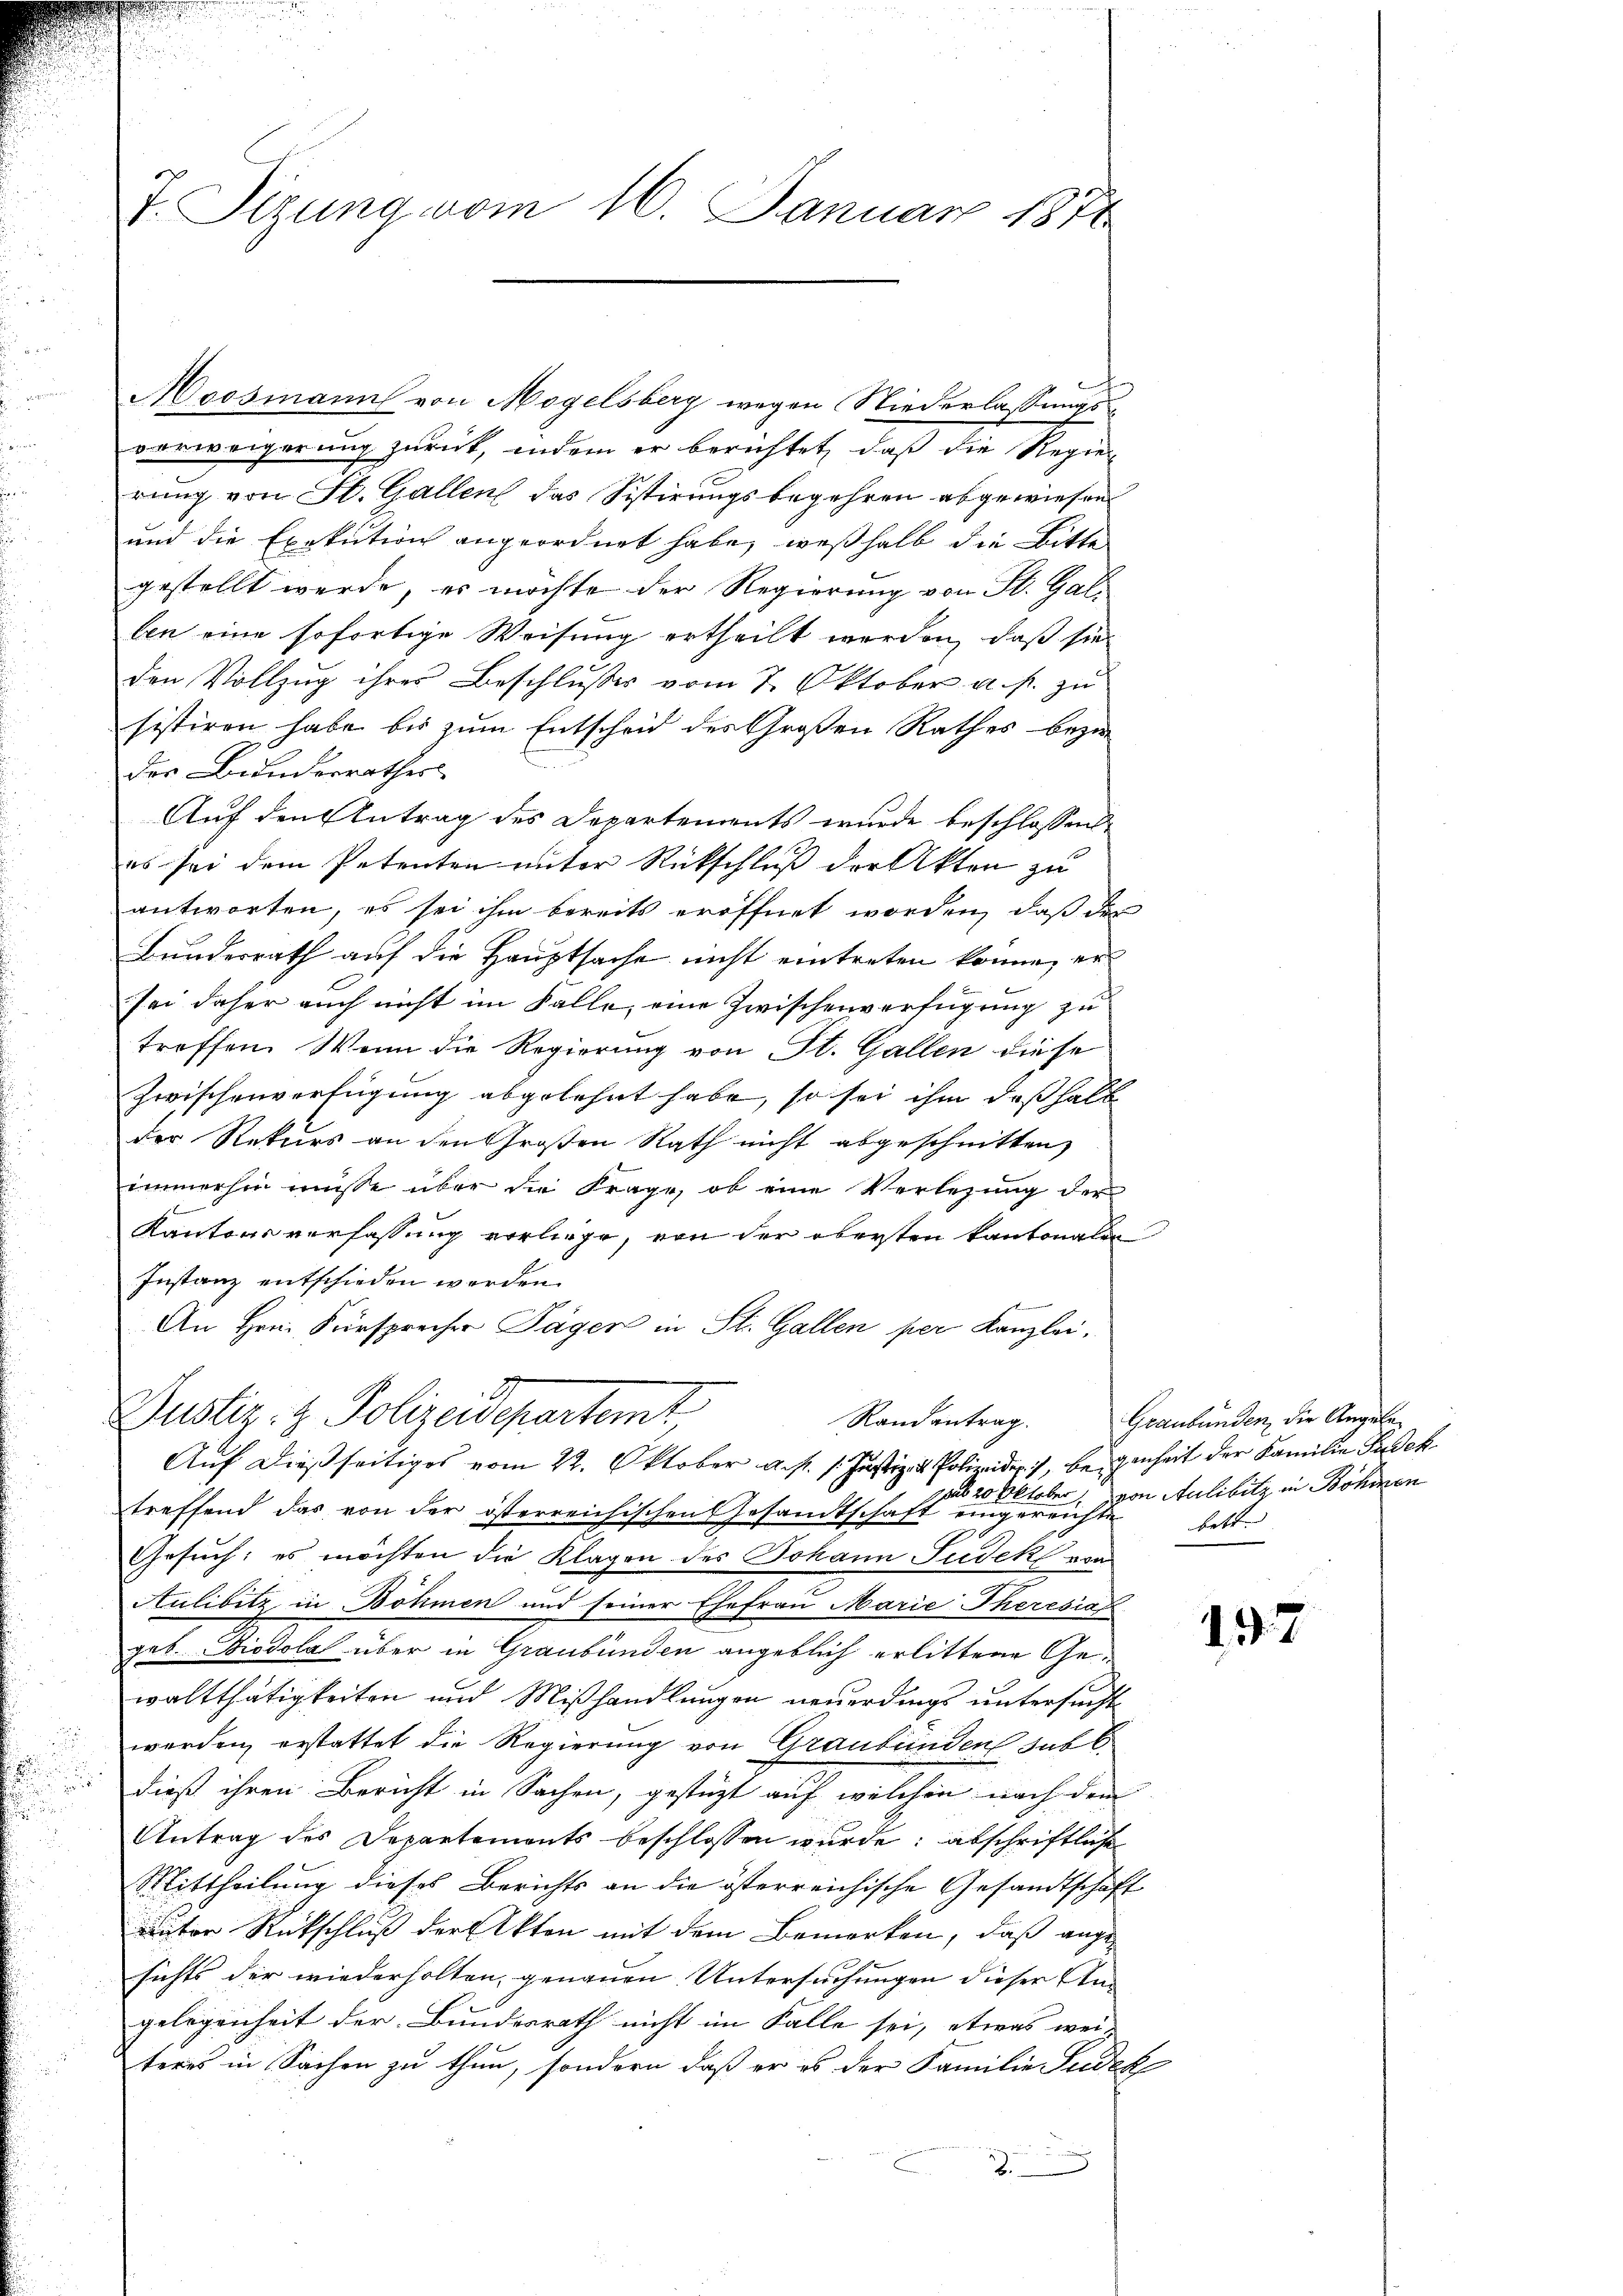
F. Sizung vom 16. Januar 1871

x
Moosmann von Mogelsberg wegen Niederlassungsvorweigerung zurück, indem er berichtet, daß die Regier
rung von St. Gallen das Sistirungsbegehren abgewiesen
und die Exekution angeordnet habe, weßhalb die Bitte
gestellt werde, es möchte der Regierung von St. Gallen eine sofortige Weisung ertheilt werden, daß sie
den Vollzug ihres Beschlusses vom 7. Oktober a. p. zu
sistiren habe bis zum Entscheid des Großen Rathes bezi
der Bunderrathes
Auf den Antrag des Departements wurde beschlossen
es sei dem Petenten unter Rückschluß der Akten zu
antworten, es sei ihm bereits eröffnet worden, daß das
Bundesrath auf die Hauptsache nicht eintreten könne, er
sei daher auch nicht im Falle, eine Zwischenverfügung zu
treffen. Wenn die Regierung von St. Gallen diese
Zwischenverfügung abgelehnt habe, so sei ihm deßhalb
der Rekurs an den Großen Rath nicht abgeschnitten
immerhin müsse über die Frage, ob eine Verlegung der
Kantonsverfassung vorliege, von der obersten Kantonalen
Instanz entschieden werden.
An Hrn. Fürsprecher Tagen in St. Gallen per Kanzlei,
Justiz- & Polizeidepartemt
Randantrag.
Auf dießseitiges vom 22. Oktober a. p. 1. Justiz & Polizeiden, beigenheit der Familie Pudek
 sub 20 Xr aber
treffend das von der österreichischen Gesandtschaft eingeren zu Aulibitz in Böhmen
Gesuch; es möchten die Klagen des Johann Judek von
Aulibetz in Böhmen und seiner Ehefrau Marie Theresia
geb. Diodola über in Graubünden angeblich erlittene Gewaltthätigkeiten und Mißhandlungen neuerdings untersucht
werden, erstattet die Regierung von Graubünden sub 6
dieß ihren Bericht in Sachen, gestüzt auf welchen nach dem
Antrag des Departements beschlossen wŭrde: abschriftliche
Mittheilung dieses Berichts an die österreichische Gesandtschaft
Liter Rückschluß der Akten mit dem Bemerken, daß ange-
sichts der wiederholten, genauen Untersuchungen dieser An-
gelegenheit der Bundesrath nicht im Falle sei, etwas wei-
teres in Sachen zu thun, sondern daß er es der Familie Sudek
2

Graubünden, die Angelebett.

197